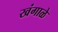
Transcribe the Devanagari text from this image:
खंगाळे